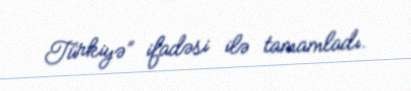
Türkiyə” ifadəsi ilə tamamladı.